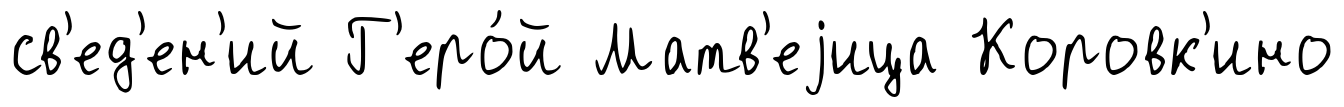
св'ед'ен'ий Г'еро́й Матв'еjица Коровк'ино